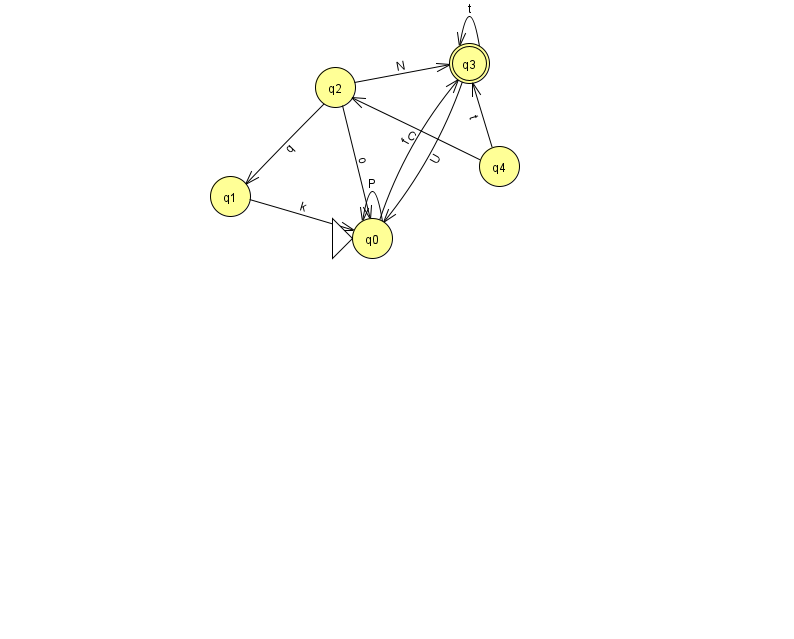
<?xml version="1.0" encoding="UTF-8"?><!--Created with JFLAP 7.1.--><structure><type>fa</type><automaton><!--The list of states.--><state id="0" name="q0"><x>372.0</x><y>225.0</y><initial/></state><state id="1" name="q1"><x>230.0</x><y>183.0</y></state><state id="2" name="q2"><x>335.0</x><y>74.0</y></state><state id="3" name="q3"><x>469.0</x><y>50.0</y><final/></state><state id="4" name="q4"><x>499.0</x><y>153.0</y></state><!--The list of transitions.--><transition><from>0</from><to>0</to><read>P</read></transition><transition><from>4</from><to>2</to><read>C</read></transition><transition><from>3</from><to>3</to><read>t</read></transition><transition><from>2</from><to>0</to><read>o</read></transition><transition><from>4</from><to>3</to><read>t</read></transition><transition><from>1</from><to>0</to><read>k</read></transition><transition><from>2</from><to>1</to><read>q</read></transition><transition><from>3</from><to>0</to><read>U</read></transition><transition><from>2</from><to>3</to><read>N</read></transition><transition><from>0</from><to>3</to><read>f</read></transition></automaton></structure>